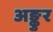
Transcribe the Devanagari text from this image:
अङ्कुर